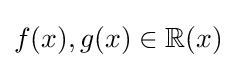
f(x),g(x)\in \mathbb {R} (x)